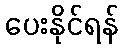
ပေးနိုင်ရန်